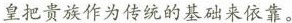
皇把贵族作为传统的基础来依靠。